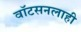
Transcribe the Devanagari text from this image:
वाॅटसनलाही